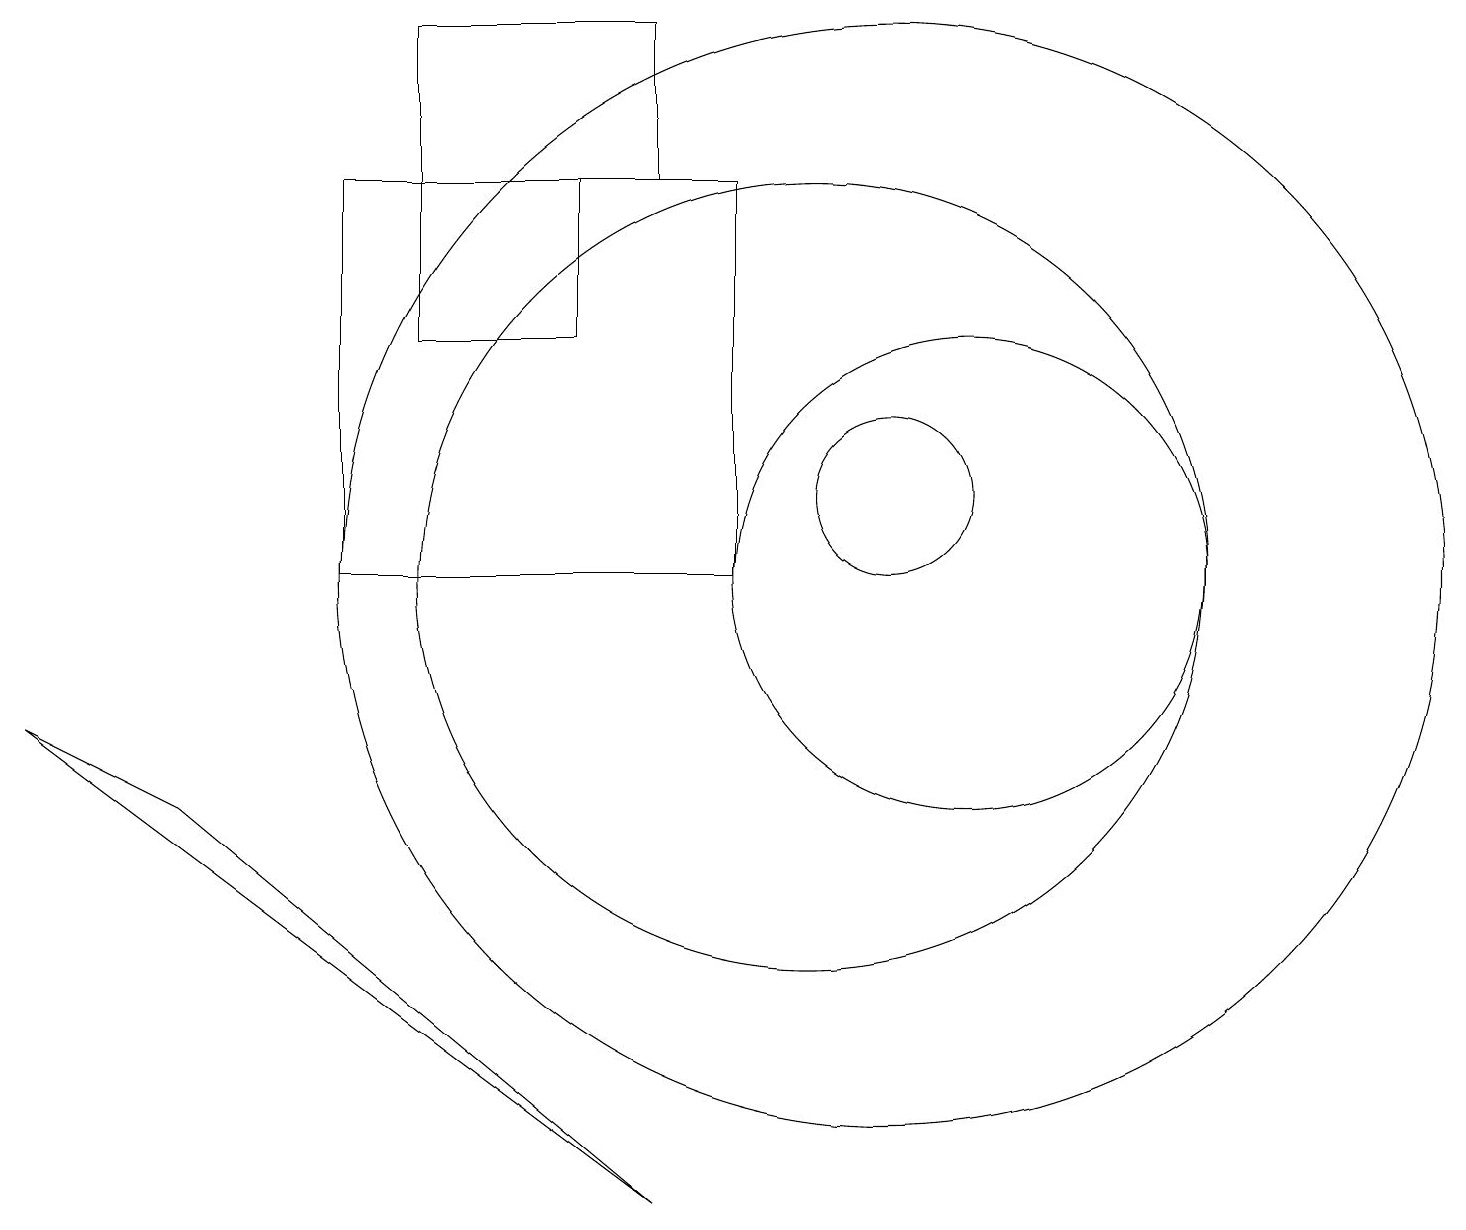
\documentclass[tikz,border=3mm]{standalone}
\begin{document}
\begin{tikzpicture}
\draw (5,15) rectangle (7,13);
\draw (12,10) circle (3);
\draw (11,11) circle (1);
\draw (11,10) circle (7);
\draw (5,15) rectangle (8,17);
\draw (0,8) -- (2,7) -- (8,2) -- cycle;
\draw (4,10) rectangle (9,15);
\draw (10,10) circle (5);
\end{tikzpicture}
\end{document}